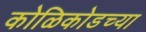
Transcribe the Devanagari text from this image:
कोळिकोडच्या